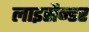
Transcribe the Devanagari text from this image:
लाइसैन्डर